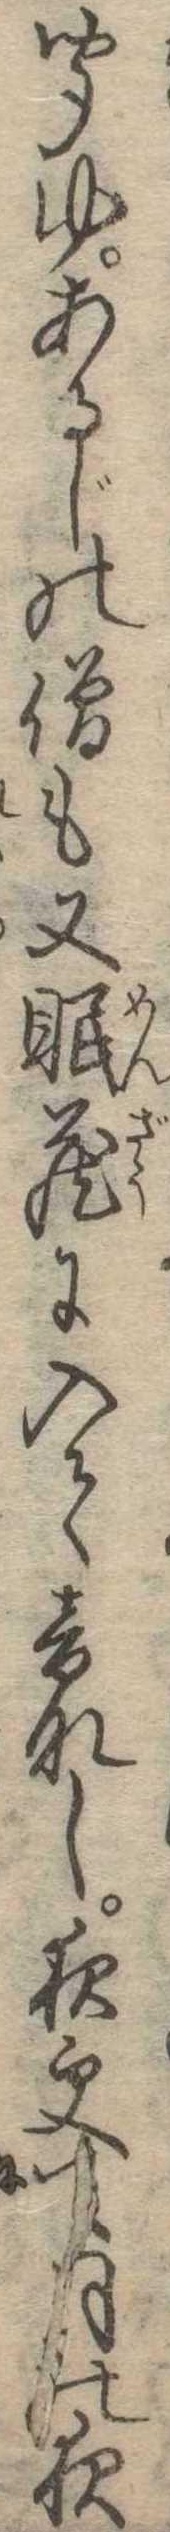
聞ゆあるじの僧も又眠蔵に入て音なし夜更て月の夜